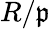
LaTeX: R/{\mathfrak{p}}